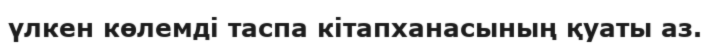
үлкен көлемді таспа кітапханасының қуаты аз.